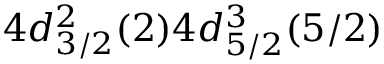
4 d _ { 3 / 2 } ^ { 2 } ( 2 ) 4 d _ { 5 / 2 } ^ { 3 } ( 5 / 2 )